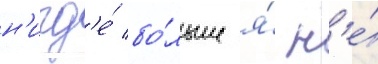
н'игд'е́ бо́льше я́ н'е́